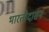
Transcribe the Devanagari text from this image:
भारतीदासन